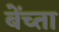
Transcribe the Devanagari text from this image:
बेंच्ता